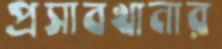
প্রসাবখানার